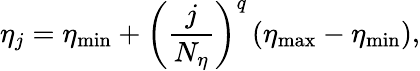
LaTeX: \eta_{j}=\eta_{\mathrm{min}}+\left(\frac{j}{N_{\eta}}\right)^{q}\left(\eta_{\mathrm{max}}-\eta_{\mathrm{min}}\right),